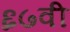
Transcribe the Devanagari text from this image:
६७वी